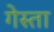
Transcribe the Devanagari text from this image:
गेस्ता